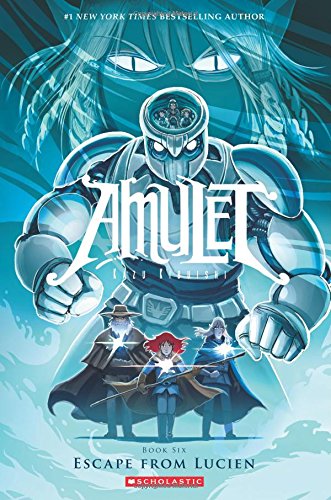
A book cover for Escape From Lucien (Amulet #6); Kazu Kibuishi; Children's Books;